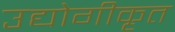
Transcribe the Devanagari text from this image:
उद्योगीकृत